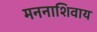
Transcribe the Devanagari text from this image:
मननाशिवाय